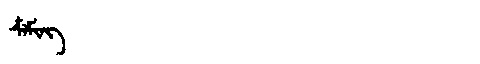
Manchu: ᠴᠶᠮᡳᠩ
Romanization: CYMING